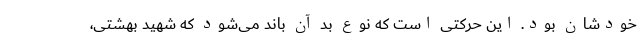
خودشان بود. این حرکتی است که نوع بد آن باند می‌شود که شهید بهشتی،